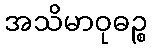
အသိမာဝုဓဉ္စ